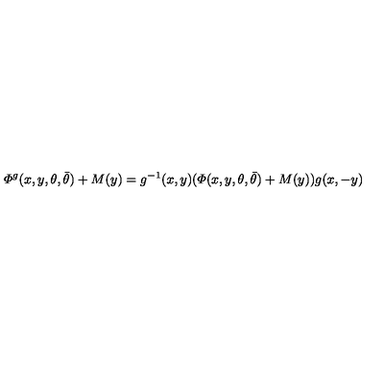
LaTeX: { \mit \Phi } ^ { g } ( x , y , \theta , \bar { \theta } ) + M ( y ) = g ^ { - 1 } ( x , y ) ( { \mit \Phi } ( x , y , \theta , \bar { \theta } ) + M ( y ) ) g ( x , - y ) \,